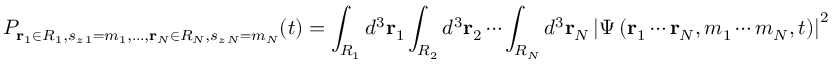
P _ { \mathbf { r } _ { 1 } \in R _ { 1 } , s _ { z \, 1 } = m _ { 1 } , \ldots , \mathbf { r } _ { N } \in R _ { N } , s _ { z \, N } = m _ { N } } ( t ) = \int _ { R _ { 1 } } d ^ { 3 } \mathbf { r } _ { 1 } \int _ { R _ { 2 } } d ^ { 3 } \mathbf { r } _ { 2 } \cdots \int _ { R _ { N } } d ^ { 3 } \mathbf { r } _ { N } \left| \Psi \left( \mathbf { r } _ { 1 } \cdots \mathbf { r } _ { N } , m _ { 1 } \cdots m _ { N } , t \right) \right| ^ { 2 }